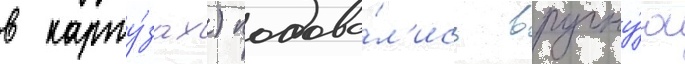
в карту́зах) подава́л'ись вручну́ю